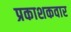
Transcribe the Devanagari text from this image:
प्रकाशकवार